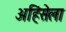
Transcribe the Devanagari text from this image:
अहिंसेला